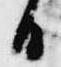
日